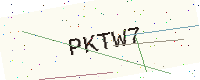
Text: PKTW7